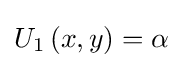
U_{1}\left(x,y\right)=\alpha